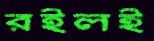
রইলই